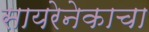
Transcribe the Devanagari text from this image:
सायरेनेकाचा